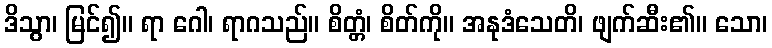
ဒိသွာ၊ မြင်၍။ ရာ ဂေါ၊ ရာဂသည်။ စိတ္တံ၊ စိတ်ကို။ အနုဒံသေတိ၊ ဖျက်ဆီး၏။ သော၊